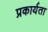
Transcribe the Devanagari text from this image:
प्रकार्यता